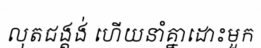
លុតជង្គង់ ហើយនាំគ្នាដោះមួក